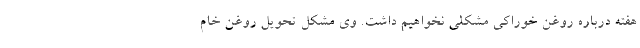
هفته درباره روغن خوراکی مشکلی نخواهیم داشت. وی مشکل تحویل روغن خام